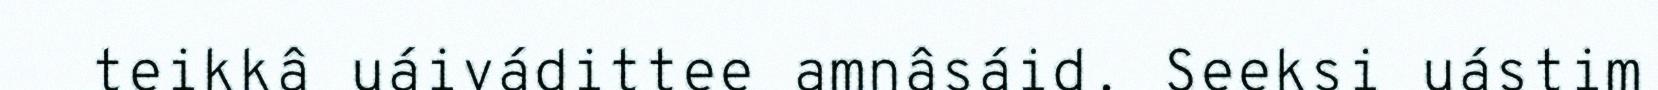
teikkâ uáivádittee amnâsáid. Seeksi uástim